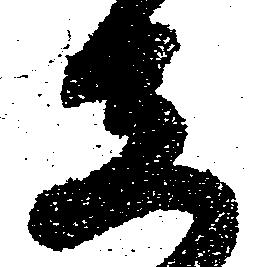
し